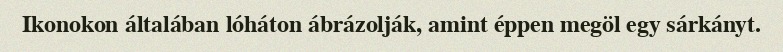
Ikonokon általában lóháton ábrázolják, amint éppen megöl egy sárkányt.